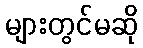
များတွင်မဆို